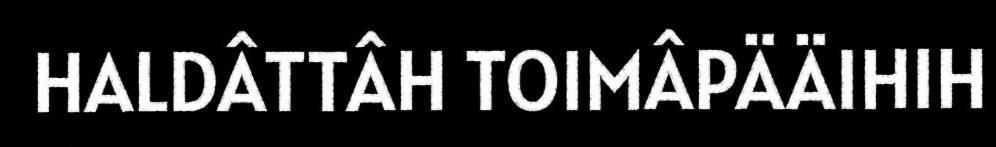
HALDÂTTÂH TOIMÂPÄÄIHIH